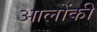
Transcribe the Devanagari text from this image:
आलोंकी